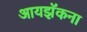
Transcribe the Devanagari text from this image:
आयझॅकना